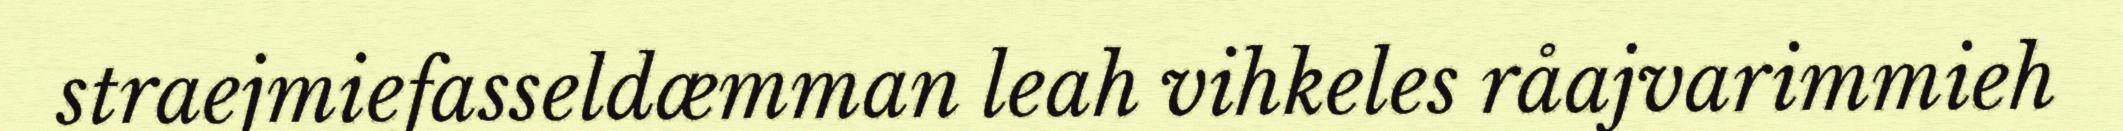
straejmiefasseldæmman leah vihkeles råajvarimmieh